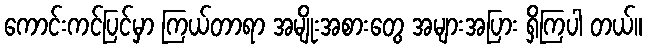
ကောင်းကင်ပြင်မှာ ကြယ်တာရာ အမျိုးအစားတွေ အများအပြား ရှိကြပါ တယ်။